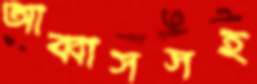
আব্বাসসহ